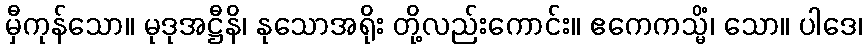
မှီကုန်သော။ မုဒုအဋ္ဌီနိ၊ နုသောအရိုး တို့လည်းကောင်း။ ဧကေကသ္မိံ၊ သော။ ပါဒေ၊